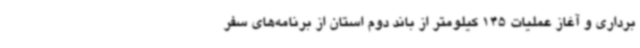
برداری و آغاز عملیات 145 کیلومتر از باند دوم استان از برنامه‌های سفر